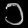
Digit: ၁